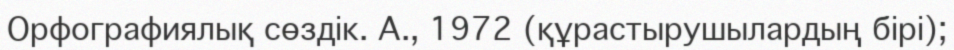
Орфографиялық сөздік. А., 1972 (құрастырушылардың бірі);